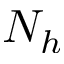
N _ { h }